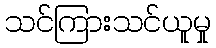
သင်ကြားသင်ယူမှု